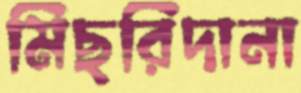
মিছরিদানা